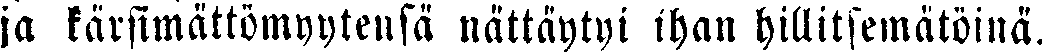
jo kärsimättömyytensä nättäytyi ihon hillitsemätöinä.